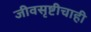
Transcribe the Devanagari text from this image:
जीवसृष्टीचाही